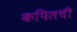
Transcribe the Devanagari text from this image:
कपिलची